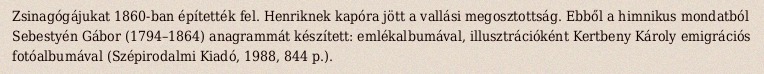
Zsinagógájukat 1860-ban építették fel. Henriknek kapóra jött a vallási megosztottság. Ebből a himnikus mondatból Sebestyén Gábor (1794–1864) anagrammát készített: emlékalbumával, illusztrációként Kertbeny Károly emigrációs fotóalbumával (Szépirodalmi Kiadó, 1988, 844 p.).